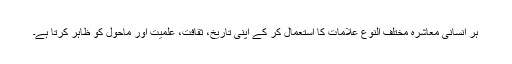
ہر انسانی معاشرہ مختلف النوع علامات کا استعمال کر کے اپنی تاریخ، ثقافت، علمیت اور ماحول کو ظاہر کرتا ہے۔